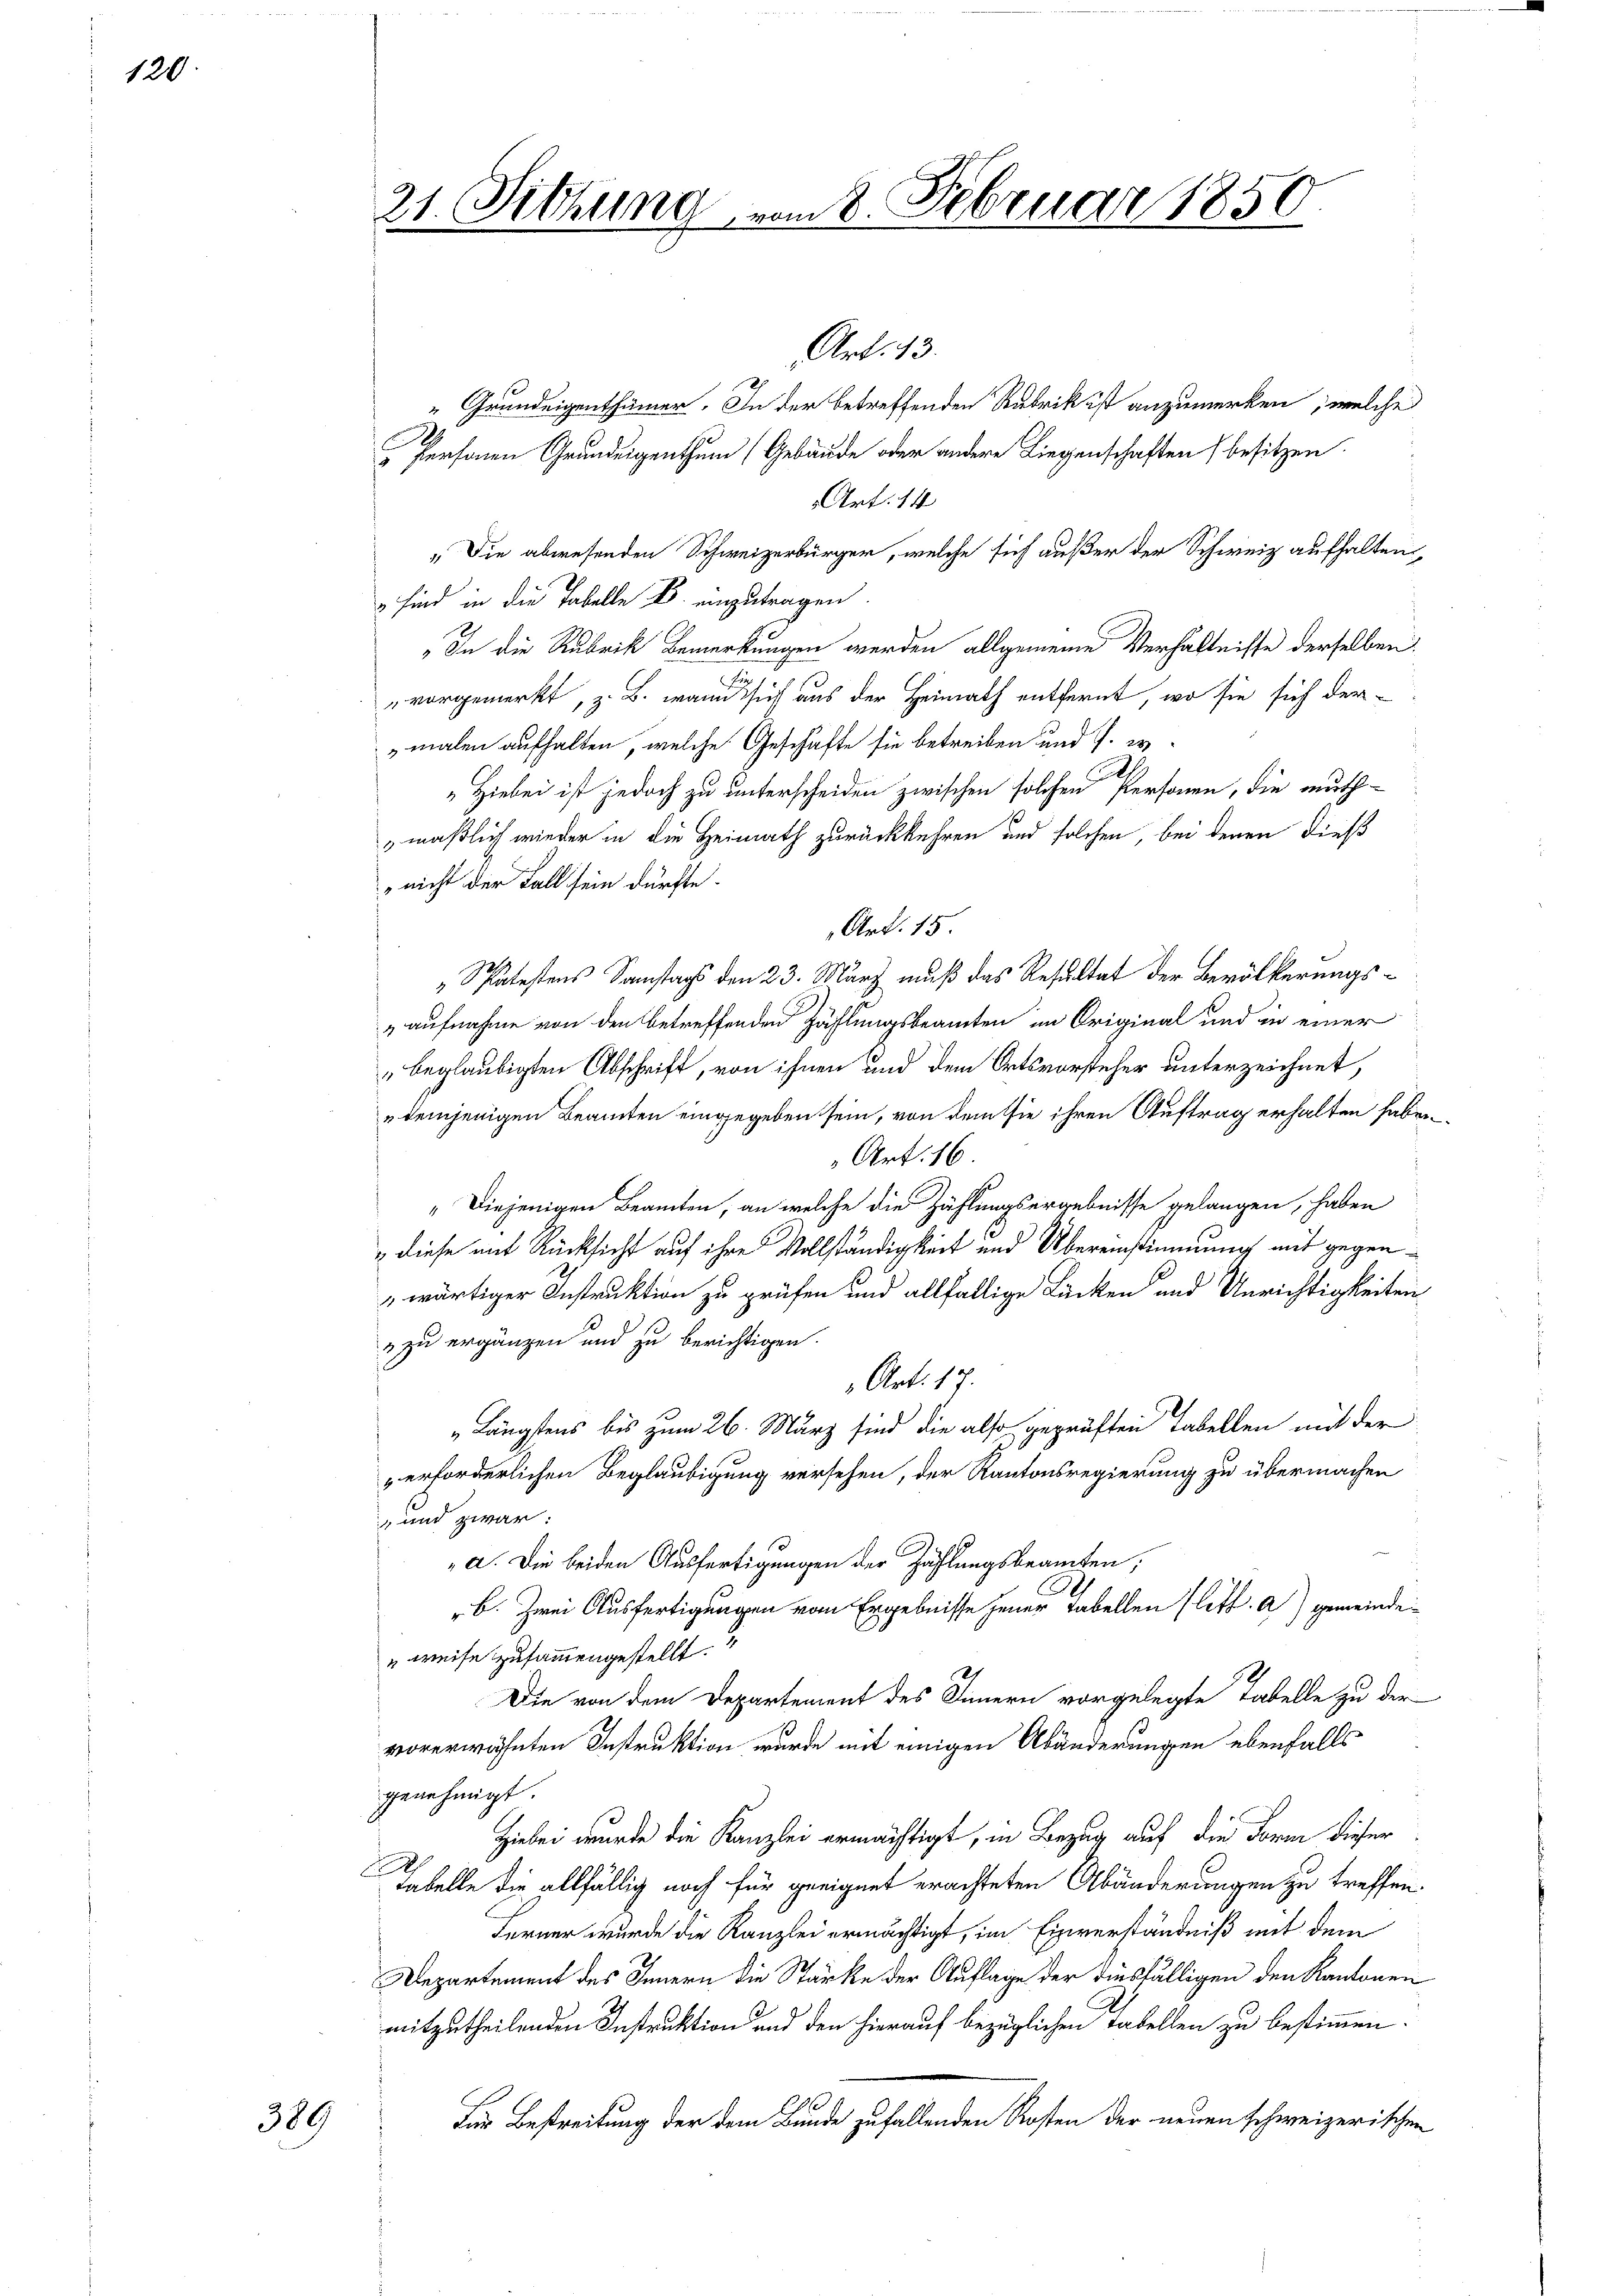
120

389

21. Sitzung vom 8. Februar 1850

„Grundeigenthümer. In der betreffenden Rubrik ist anzumerken, welche
 Personen Grundeigenthum (Gebäude oder andere Liegenschaften (besitzen.
Art. 14
 Die abwesenden Schweizerbürger, welche sich außer der Schweiz aufhalten,
 sind in die Tabelle B. einzutragen.
„In die Rubrik Bemerkungen werden allgemeine Verhältnisse derselben
vorgemerkt, z. B. wann sich aus der Heimath entfernt, wo sie sich der¬
"malen aufhalten, welche Geschäfte sie betreiben und s. w.
„Hiebei ist jedoch zu unterscheiden zwischen solchen Personen, die muthmaßlich wieder in die Heimath zurückkehren und solchen, bei denen dieß
nicht der Fall sein dürfte.
Art. 15
„Spätestens Samstags den 23. März muß das Resultat der Bevölkerungs-
aufnahme von den betreffenden Zählungsbeamten im Original und in einer
"beglaubigten Abschrift, von ihnen und dem Ortsvorsteher unterzeichnet,
" demjenigen Beamten eingegeben sein, von dem sie ihren Auftrag erhalten haben.
Art. 16
„Diejenigen Beamten, an welche die Zählungsergebnisse gelangen, haben
" diese mit Rücksicht auf ihre Vollständigkeit und Übereinstimmung mit gegenwärtiger Instruktion zu prüfen und allfällige Lücken und Unrichtigkeiten
" zu ergänzen und zu berichtigen.
Art. 17.
Längstens bis zum 26. März sind die also geprüften Tabellen mit der
erforderlichen Beglaubigung versehen, der Kantonsregierung zu übermachen
 und zwar:
a. Die beiden Ausfertigungen der Zählungsbeamten;
b. Zwei Ausfertigungen vom Ergebnisse jener Tabellen (litt. a) gemeinde¬
„weise zusammengestellt.
Die von dem Departement des Innern vorgelegte Tabelle zu der
vorerwähnten Instruktion wurde mit einigen Abänderungen ebenfalls
genehmigt.
 Hiebei wurde die Kanzlei ermächtigt, in Bezug auf die Form dieser
tabelle die allfällig noch für geeignet erachteten Abänderungen zu treffen.
Ferner wurde die Kanzlei ermächtigt, im Einverständniß mit dem
Departement des Innern die Stärke der Auflage der diesfälligen den Kantonen
mitzutheilenden Instruktion und den hierauf bezüglichen Tabellen zu bestimmen.
Für Bestreitung der dem Bunde zufallenden Kosten der neuen schweizerischen

Art. 13.